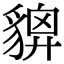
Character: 𧳴